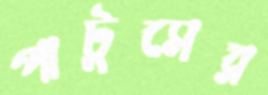
পাটুসের